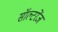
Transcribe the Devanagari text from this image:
सॉल्टरेंज